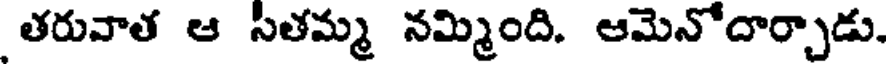
తరువాత ఆ సితమ్మ నమ్మింది. ఆమెనోదార్చాడు.